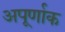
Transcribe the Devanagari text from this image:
अपूर्णाक